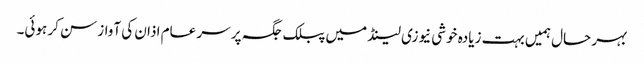
بہر حال ہمیں بہت زیادہ خوشی نیوزی لینڈ میں پبلک جگہ پر سر عام اذان کی آواز سن کر ہوئی۔